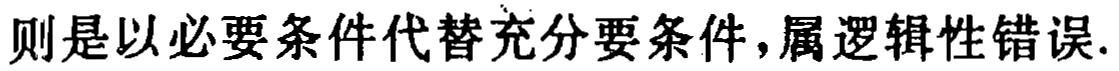
则是以必要条件代替充分要条件，属逻辑性错误.